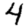
Digit: 4